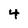
Character: 4